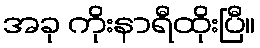
အခု ကိုးနာရီထိုးပြီ။